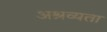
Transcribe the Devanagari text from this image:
अश्रव्यता